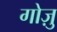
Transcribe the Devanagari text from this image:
गोज़ु